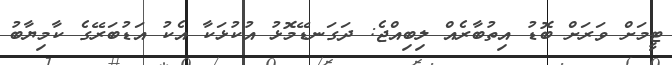
ޓީމަށް ވަރަށް ބޮޑު އިތުބާރެއް ލިބިއްޖެ: ދަގަނޑޭމޮޅު އުކުޅަކާ އެކު އަޑުބަރޭގެ ކާމިޔާބު